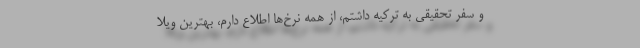
و سفر تحقیقی به ترکیه داشتم، از همه نرخ‌ها اطلاع دارم، بهترین ویلا